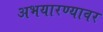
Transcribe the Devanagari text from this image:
अभयारण्यावर